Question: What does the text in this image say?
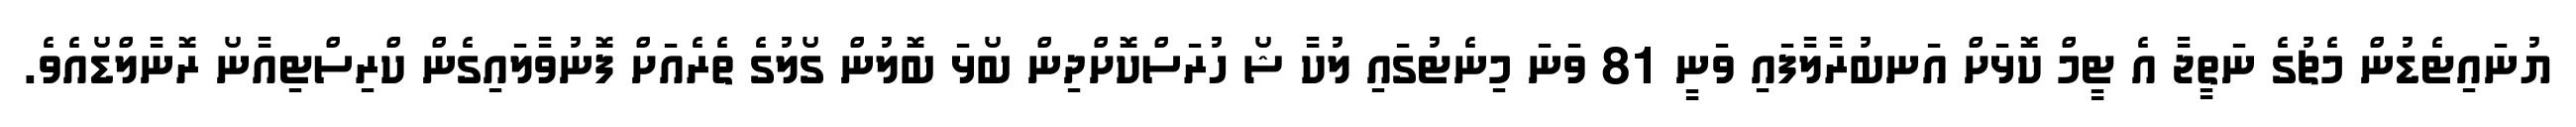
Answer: ޔުނައިޓެޑުން މެޗުގެ ނަތީޖާ އެ ޓީމް ކޮޅަށް އަނބުރާލާފައި ވަނީ 81 ވަނަ މިނެޓުގައި ލުކާ ޝޯ ހުރަސްކޮށްދިން ބޯޅަ ބޮލުން ގޯލުގެ ތެރެއަށް ފޮނުވާލައިގެން ކްރިސްޓިއާނޯ ރޮނާލްޑޯއެވެ.